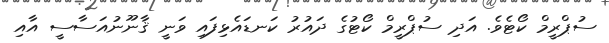
ސުޕްރީމް ކޯޓެވެ. އަދި ސުޕްރީމް ކޯޓުގެ ދައުރު ކަނޑައެޅިފައި ވަނީ ޤާނޫނުއަސާސީ އާއި